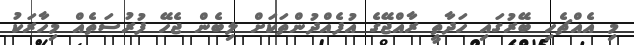
މި އެއްޗެހި ބޭރުގައި ހަދާތީ ރާއްޖޭގެ އުފެއްދުންތަކަށް ލިބެން ޖެހޭ ފުރުސަތެއް މިހާރަކު